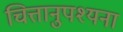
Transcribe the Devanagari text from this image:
चित्तानुपश्यना